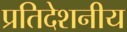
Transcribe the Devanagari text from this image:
प्रतिदेशनीय